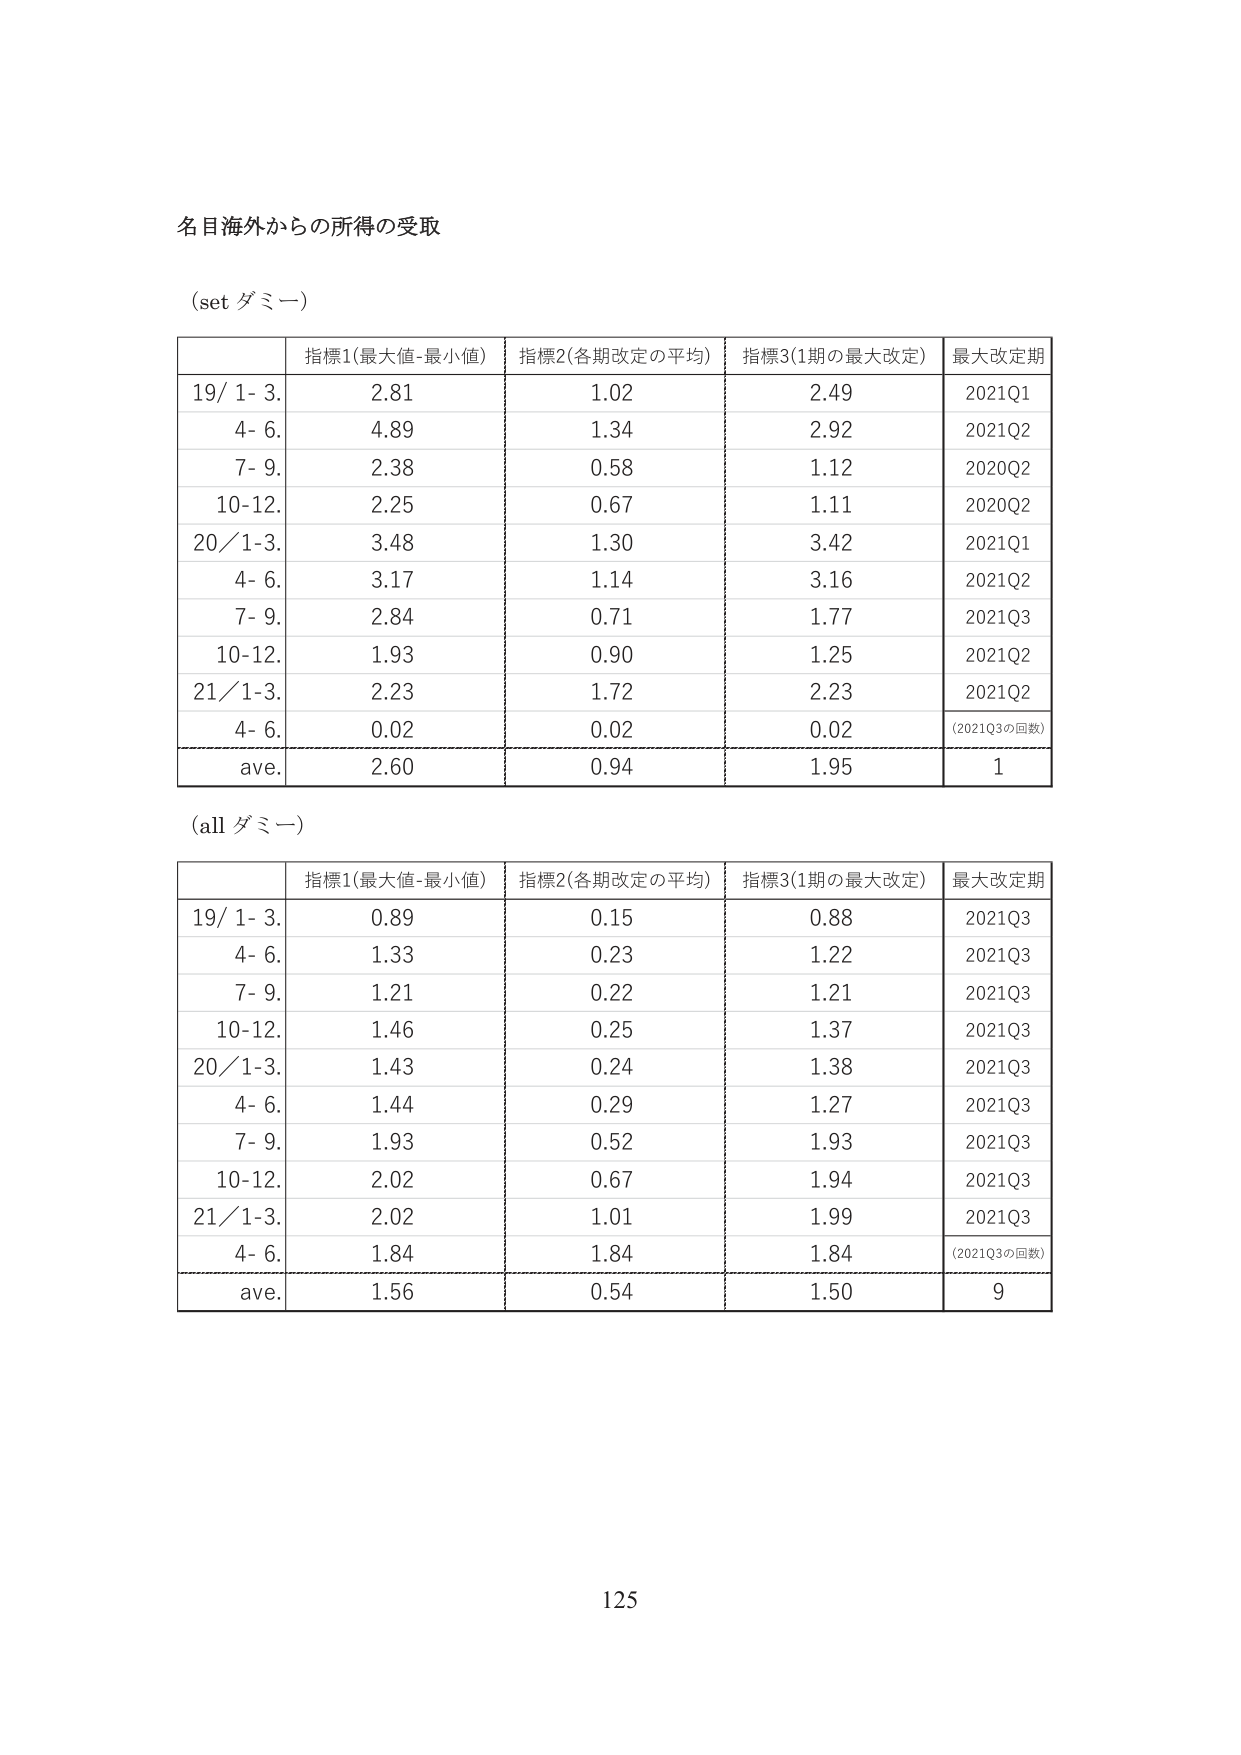
名目海外からの所得の受取

(set ダミー)

| | 指標1(最大値-最小値) | 指標2(各期改定の平均) | 指標3(1期の最大改定) | 最大改定期 |
|---|---|---|---|---|
| 19/ 1- 3. | 2.81 | 1.02 | 2.49 | 2021Q1 |
| 4- 6. | 4.89 | 1.34 | 2.92 | 2021Q2 |
| 7- 9. | 2.38 | 0.58 | 1.12 | 2020Q2 |
| 10-12. | 2.25 | 0.67 | 1.11 | 2020Q2 |
| 20/ 1-3. | 3.48 | 1.30 | 3.42 | 2021Q1 |
| 4- 6. | 3.17 | 1.14 | 3.16 | 2021Q2 |
| 7- 9. | 2.84 | 0.71 | 1.77 | 2021Q3 |
| 10-12. | 1.93 | 0.90 | 1.25 | 2021Q2 |
| 21/ 1-3. | 2.23 | 1.72 | 2.23 | 2021Q2 |
| 4- 6. | 0.02 | 0.02 | 0.02 | (2021Q3の回数) |
| ave. | 2.60 | 0.94 | 1.95 | 1 |

(all ダミー)

| | 指標1(最大値-最小値) | 指標2(各期改定の平均) | 指標3(1期の最大改定) | 最大改定期 |
|---|---|---|---|---|
| 19/ 1- 3. | 0.89 | 0.15 | 0.88 | 2021Q3 |
| 4- 6. | 1.33 | 0.23 | 1.22 | 2021Q3 |
| 7- 9. | 1.21 | 0.22 | 1.21 | 2021Q3 |
| 10-12. | 1.46 | 0.25 | 1.37 | 2021Q3 |
| 20/ 1-3. | 1.43 | 0.24 | 1.38 | 2021Q3 |
| 4- 6. | 1.44 | 0.29 | 1.27 | 2021Q3 |
| 7- 9. | 1.93 | 0.52 | 1.93 | 2021Q3 |
| 10-12. | 2.02 | 0.67 | 1.94 | 2021Q3 |
| 21/ 1-3. | 2.02 | 1.01 | 1.99 | 2021Q3 |
| 4- 6. | 1.84 | 1.84 | 1.84 | (2021Q3の回数) |
| ave. | 1.56 | 0.54 | 1.50 | 9 |

125